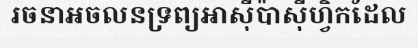
រចនាអចលនទ្រព្យអាស៊ីប៉ាស៊ីហ្វិកដែល